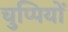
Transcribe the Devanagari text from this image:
चुप्पियों